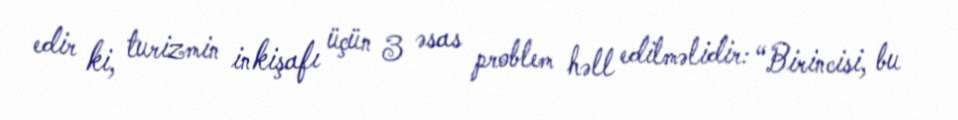
edir ki, turizmin inkişafı üçün 3 əsas problem həll edilməlidir: “Birincisi, bu